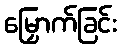
မြှောက်ခြင်း